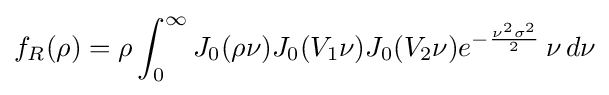
f_{R}(\rho )=\rho \int _{0}^{\infty }J_{0}(\rho \nu )J_{0}(V_{1}\nu )J_{0}(V_{2}\nu )e^{-{\frac {\nu ^{2}\sigma ^{2}}{2}}}\,\nu \,d\nu